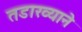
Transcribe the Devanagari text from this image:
तडाख्याने